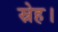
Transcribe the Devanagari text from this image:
स्नेह।